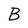
Character: B